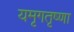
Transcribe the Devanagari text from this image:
यमृगतृष्णा